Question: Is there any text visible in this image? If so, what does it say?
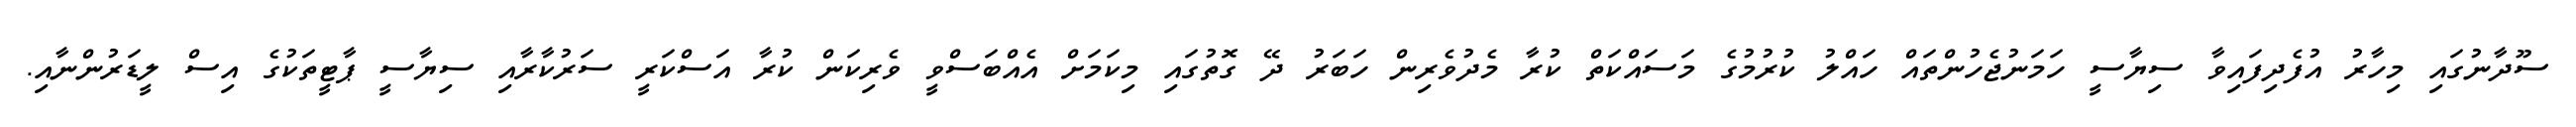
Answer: ސޫދާނުގައި މިހާރު އުފެދިފައިވާ ސިޔާސީ ހަމަނުޖެހުންތައް ހައްލު ކުރުމުގެ މަސައްކަތް ކުރާ މެދުވެރިން ހަބަރު ދޭ ގޮތުގައި މިކަމަށް އެއްބަސްވީ ވެރިކަން ކުރާ އަސްކަރީ ސަރުކާރާއި ސިޔާސީ ޕާޓީތަކުގެ އިސް ލީޑަރުންނާއި.